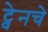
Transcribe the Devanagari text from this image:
ट्वेनचे